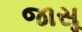
જાસૂ